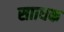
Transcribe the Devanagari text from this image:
सााधक